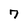
Character: 7